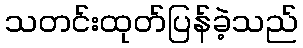
သတင်းထုတ်ပြန်ခဲ့သည်